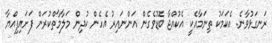
ރަނގަޅުވާނެ. އެކަމަކު ތިނަމާއެކީ އެކުއްޖާ ބޮޑުވެގެން އަންނައިރު އެހެން ކުދިން މަލާމާތްކުރަން ފަށައިފިއްޔާ